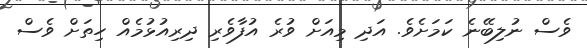
ވެސް ނުލިބޭނެ ކަމަށެވެ. އަދި މިއަށް ވުރެ އުފާވެރި ދިރިއުޅުމެއް ހިތަށް ވެސް